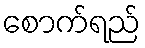
စောက်ရည်